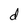
Character: d